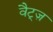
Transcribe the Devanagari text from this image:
वैट्ज़